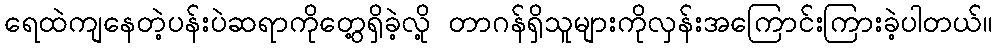
ရေထဲကျနေတဲ့ပန်းပဲဆရာကိုတွေ့ရှိခဲ့လို့ တာဂန်ရှိသူများကိုလှန်းအကြောင်းကြားခဲ့ပါတယ်။